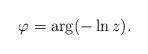
LaTeX: \begin{align*}\varphi=\arg(-\ln z). \end{align*}